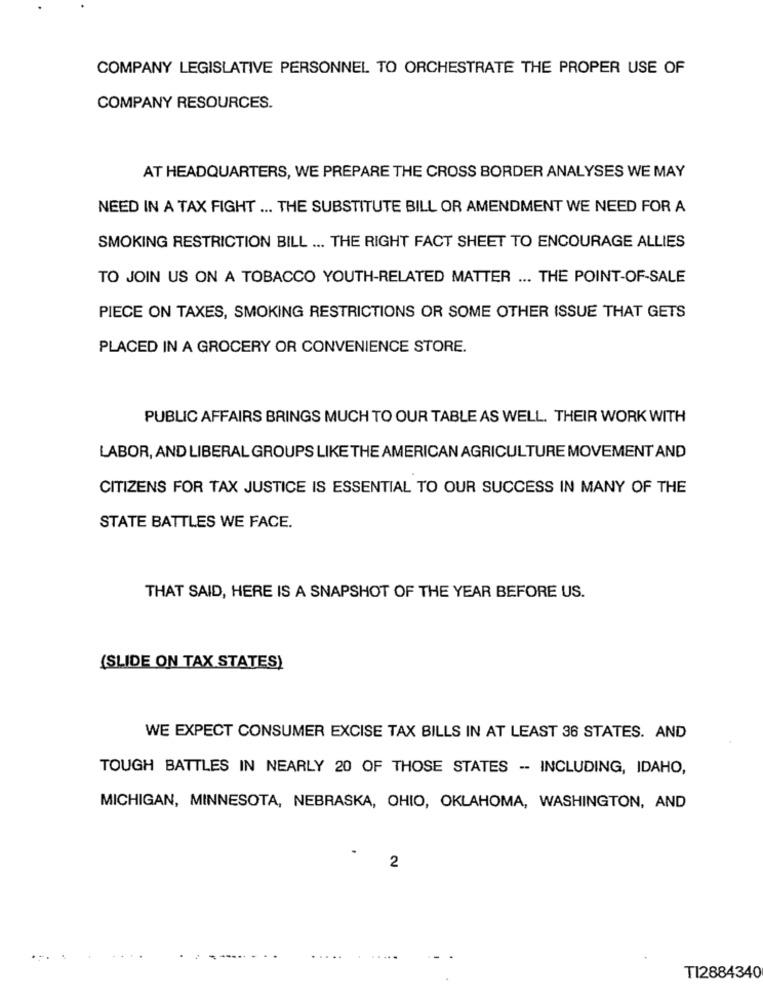
COMPANY LEGISLATIVE PERSONNEL TO ORCHESTRATE THE PROPER USE OF
COMPANY RESOURCES.
AT HEADQUARTERS, WE PREPARE THE CROSS BORDER ANALYSES WE MAY
NEED IN A TAX FIGHT ... THE SUBSTITUTE BILL OR AMENDMENT WE NEED FOR A
SMOKING RESTRICTION BILL ... THE RIGHT FACT SHEET TO ENCOURAGE ALLIES
TO JOIN US ON A TOBACCO YOUTH-RELATED MATTER ... THE POINT-OF-SALE
PIECE ON TAXES, SMOKING RESTRICTIONS OR SOME OTHER ISSUE THAT GETS
PLACED IN A GROCERY OR CONVENIENCE STORE.
PUBLIC AFFAIRS BRINGS MUCH TO OUR TABLE AS WELL. THEIR WORK WITH
LABOR, AND LIBERAL GROUPS LIKE THE AMERICAN AGRICULTURE MOVEMENT AND
CITIZENS FOR TAX JUSTICE IS ESSENTIAL TO OUR SUCCESS IN MANY OF THE
STATE BATTLES WE FACE.
THAT SAID, HERE IS A SNAPSHOT OF THE YEAR BEFORE US.
(SLIDE ON TAX STATES)
WE EXPECT CONSUMER EXCISE TAX BILLS IN AT LEAST 36 STATES. AND
TOUGH BATTLES IN NEARLY 20 OF THOSE STATES -- INCLUDING, IDAHO,
MICHIGAN, MINNESOTA, NEBRASKA, OHIO, OKLAHOMA, WASHINGTON, AND
2
TI2884340